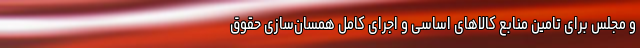
و مجلس برای تامین منابع کالا‌های اساسی و اجرای کامل همسان‌سازی حقوق